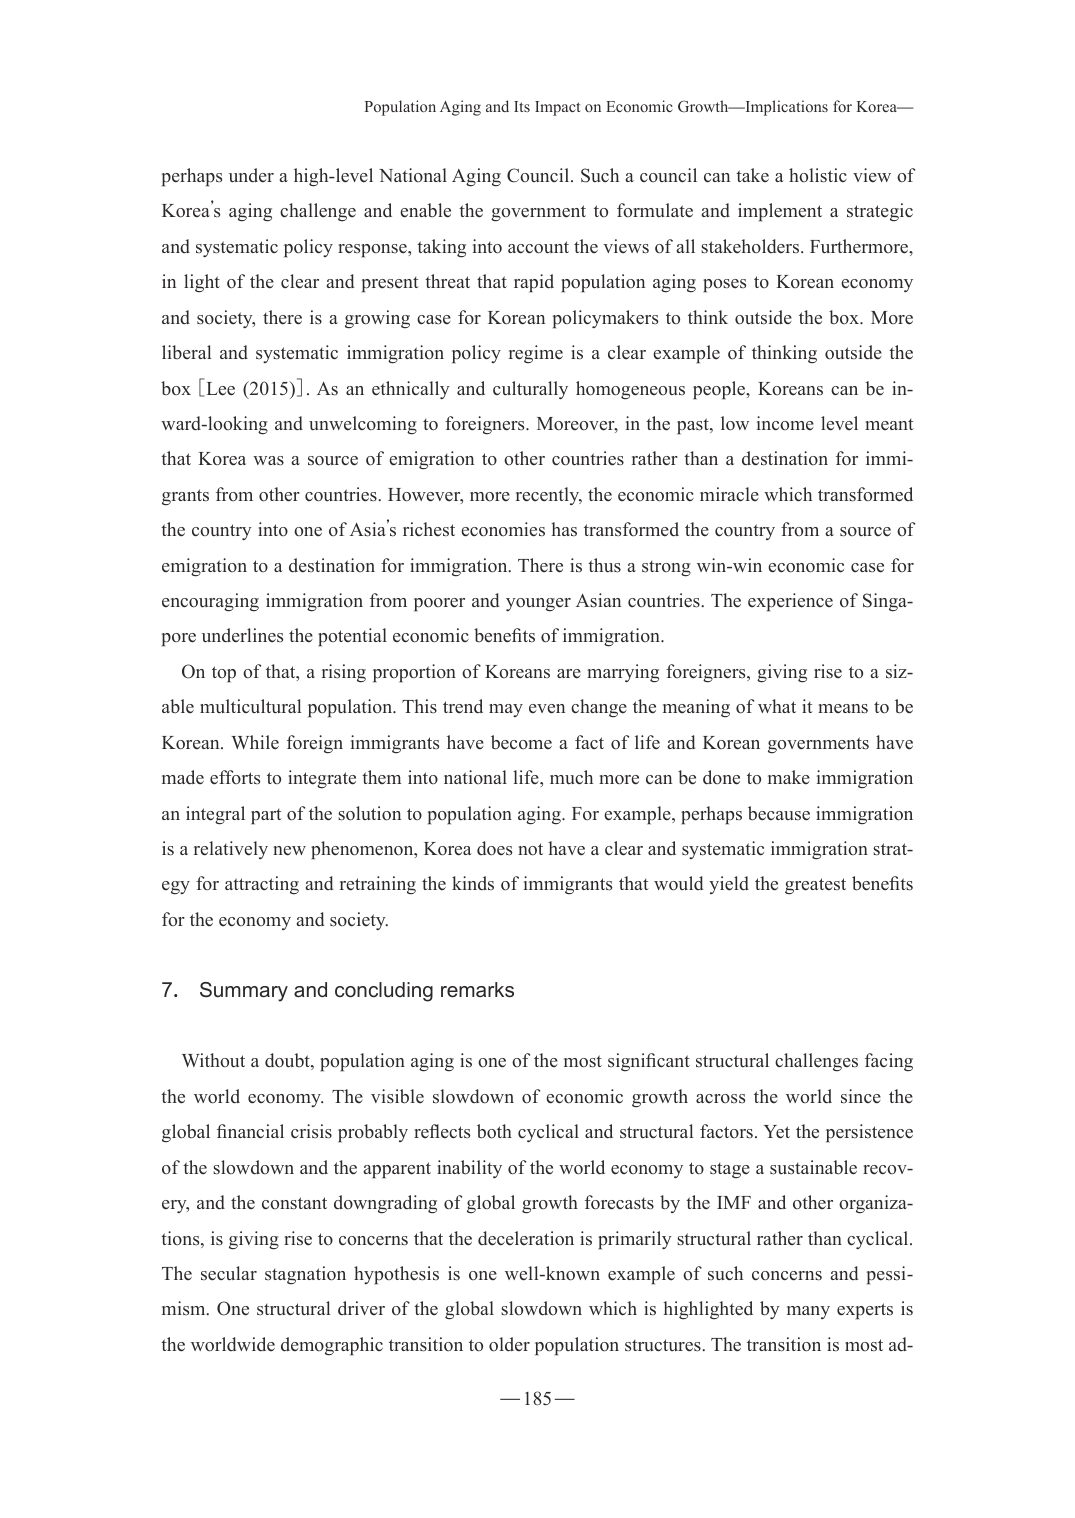
Population Aging and Its Impact on Economic Growth—Implications for Korea—

perhaps under a high-level National Aging Council. Such a council can take a holistic view of Korea’s aging challenge and enable the government to formulate and implement a strategic and systematic policy response, taking into account the views of all stakeholders. Furthermore, in light of the clear and present threat that rapid population aging poses to Korean economy and society, there is a growing case for Korean policymakers to think outside the box. More liberal and systematic immigration policy regime is a clear example of thinking outside the box [Lee (2015)]. As an ethnically and culturally homogeneous people, Koreans can be inward-looking and unwelcoming to foreigners. Moreover, in the past, low income level meant that Korea was a source of emigration to other countries rather than a destination for immigrants from other countries. However, more recently, the economic miracle which transformed the country into one of Asia’s richest economies has transformed the country from a source of emigration to a destination for immigration. There is thus a strong win-win economic case for encouraging immigration from poorer and younger Asian countries. The experience of Singapore underlines the potential economic benefits of immigration.

On top of that, a rising proportion of Koreans are marrying foreigners, giving rise to a sizable multicultural population. This trend may even change the meaning of what it means to be Korean. While foreign immigrants have become a fact of life and Korean governments have made efforts to integrate them into national life, much more can be done to make immigration an integral part of the solution to population aging. For example, perhaps because immigration is a relatively new phenomenon, Korea does not have a clear and systematic immigration strategy for attracting and retraining the kinds of immigrants that would yield the greatest benefits for the economy and society.

7. Summary and concluding remarks

Without a doubt, population aging is one of the most significant structural challenges facing the world economy. The visible slowdown of economic growth across the world since the global financial crisis probably reflects both cyclical and structural factors. Yet the persistence of the slowdown and the apparent inability of the world economy to stage a sustainable recovery, and the constant downgrading of global growth forecasts by the IMF and other organizations, is giving rise to concerns that the deceleration is primarily structural rather than cyclical. The secular stagnation hypothesis is one well-known example of such concerns and pessimism. One structural driver of the global slowdown which is highlighted by many experts is the worldwide demographic transition to older population structures. The transition is most ad—

— 185 —